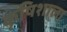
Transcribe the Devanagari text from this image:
कृषिशाला